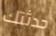
حدثتك